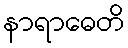
နာရာဓေတိ